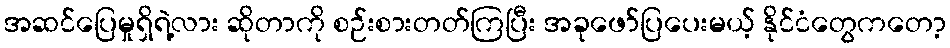
အဆင်ပြေမှုရှိရဲ့လား ဆိုတာကို စဉ်းစားတတ်ကြပြီး အခုဖော်ပြပေးမယ့် နိုင်ငံတွေကတော့